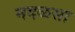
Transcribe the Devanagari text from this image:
मदळसा